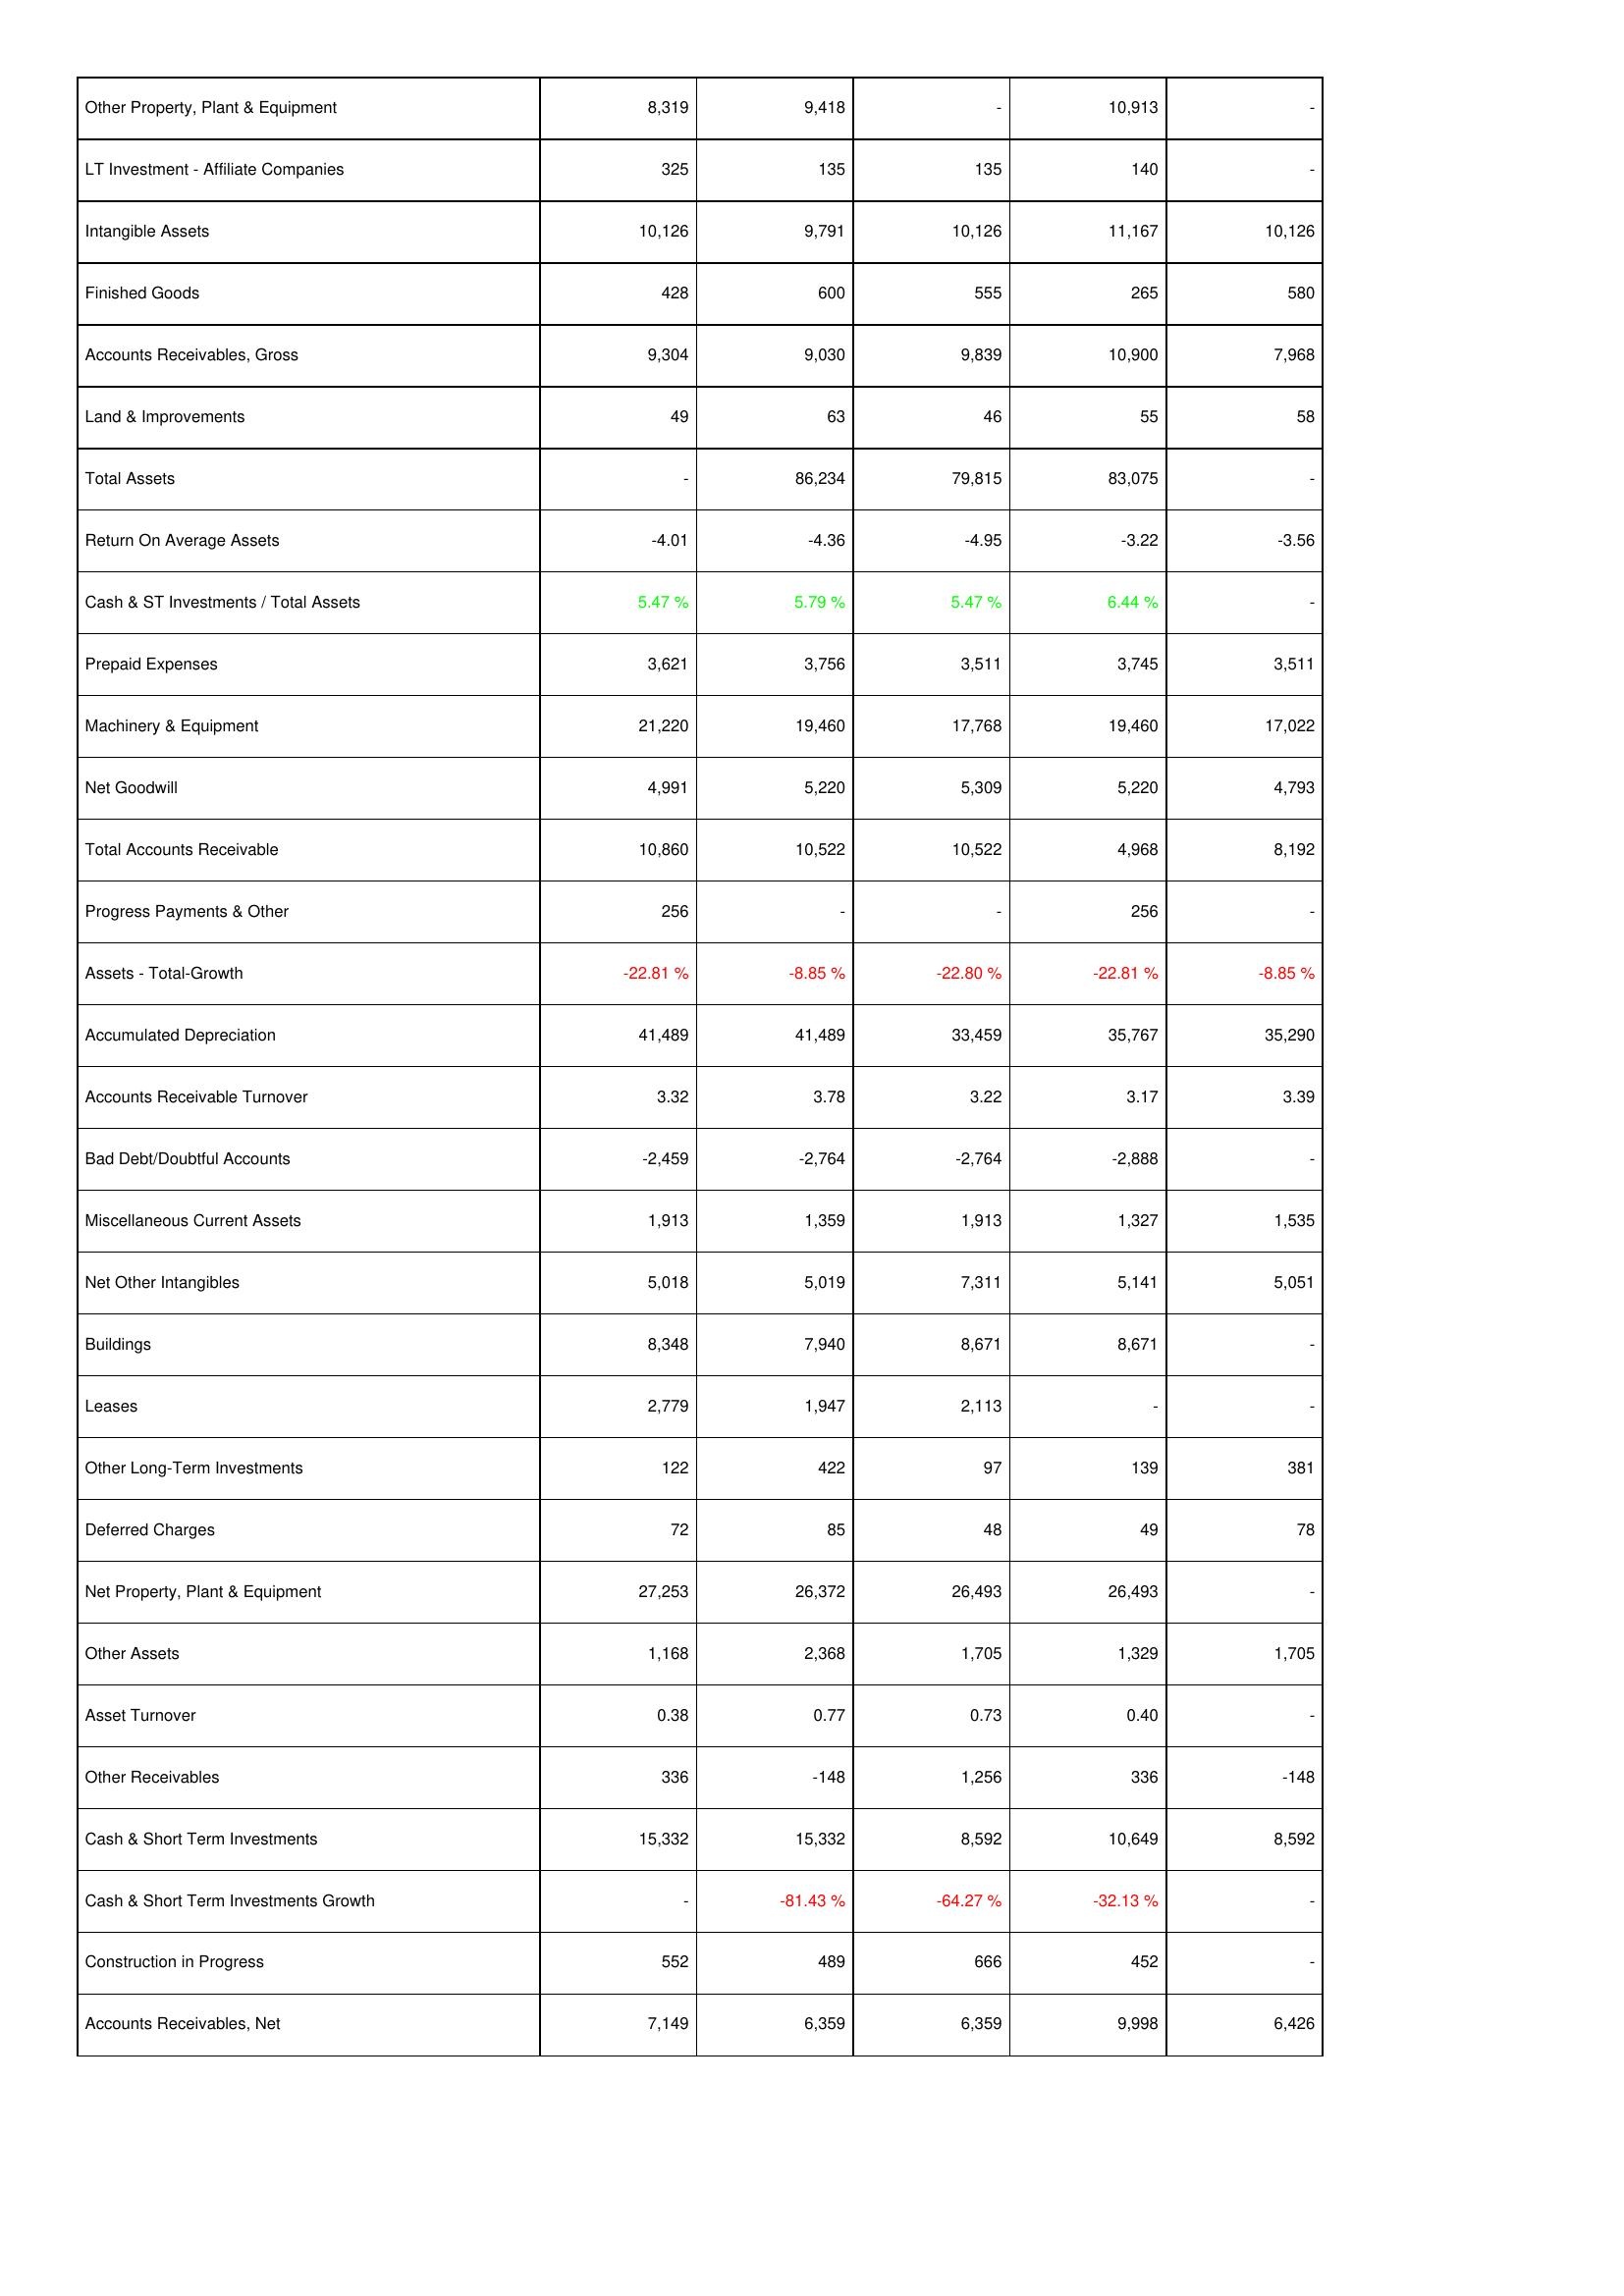
2014: Assets: Other Property, Plant & Equipment: 8,319
LT Investment - Affiliate Companies: 325
Intangible Assets: 10,126
Finished Goods: 428
Accounts Receivables, Gross: 9,304
Land & Improvements: 49
Total Assets: -
Return On Average Assets: -4.01
Cash & ST Investments / Total Assets: 5.47 %
Prepaid Expenses: 3,621
Machinery & Equipment: 21,220
Net Goodwill: 4,991
Total Accounts Receivable: 10,860
Progress Payments & Other: 256
Assets - Total-Growth: -22.81 %
Accumulated Depreciation: 41,489
Accounts Receivable Turnover: 3.32
Bad Debt/Doubtful Accounts: -2,459
Miscellaneous Current Assets: 1,913
Net Other Intangibles: 5,018
Buildings: 8,348
Leases: 2,779
Other Long-Term Investments: 122
Deferred Charges: 72
Net Property, Plant & Equipment: 27,253
Other Assets: 1,168
Asset Turnover: 0.38
Other Receivables: 336
Cash & Short Term Investments: 15,332
Cash & Short Term Investments Growth: -
Construction in Progress: 552
Accounts Receivables, Net: 7,149
2015: Assets: Other Property, Plant & Equipment: 9,418
LT Investment - Affiliate Companies: 135
Intangible Assets: 9,791
Finished Goods: 600
Accounts Receivables, Gross: 9,030
Land & Improvements: 63
Total Assets: 86,234
Return On Average Assets: -4.36
Cash & ST Investments / Total Assets: 5.79 %
Prepaid Expenses: 3,756
Machinery & Equipment: 19,460
Net Goodwill: 5,220
Total Accounts Receivable: 10,522
Progress Payments & Other: -
Assets - Total-Growth: -8.85 %
Accumulated Depreciation: 41,489
Accounts Receivable Turnover: 3.78
Bad Debt/Doubtful Accounts: -2,764
Miscellaneous Current Assets: 1,359
Net Other Intangibles: 5,019
Buildings: 7,940
Leases: 1,947
Other Long-Term Investments: 422
Deferred Charges: 85
Net Property, Plant & Equipment: 26,372
Other Assets: 2,368
Asset Turnover: 0.77
Other Receivables: -148
Cash & Short Term Investments: 15,332
Cash & Short Term Investments Growth: -81.43 %
Construction in Progress: 489
Accounts Receivables, Net: 6,359
2016: Assets: Other Property, Plant & Equipment: -
LT Investment - Affiliate Companies: 135
Intangible Assets: 10,126
Finished Goods: 555
Accounts Receivables, Gross: 9,839
Land & Improvements: 46
Total Assets: 79,815
Return On Average Assets: -4.95
Cash & ST Investments / Total Assets: 5.47 %
Prepaid Expenses: 3,511
Machinery & Equipment: 17,768
Net Goodwill: 5,309
Total Accounts Receivable: 10,522
Progress Payments & Other: -
Assets - Total-Growth: -22.80 %
Accumulated Depreciation: 33,459
Accounts Receivable Turnover: 3.22
Bad Debt/Doubtful Accounts: -2,764
Miscellaneous Current Assets: 1,913
Net Other Intangibles: 7,311
Buildings: 8,671
Leases: 2,113
Other Long-Term Investments: 97
Deferred Charges: 48
Net Property, Plant & Equipment: 26,493
Other Assets: 1,705
Asset Turnover: 0.73
Other Receivables: 1,256
Cash & Short Term Investments: 8,592
Cash & Short Term Investments Growth: -64.27 %
Construction in Progress: 666
Accounts Receivables, Net: 6,359
2017: Assets: Other Property, Plant & Equipment: 10,913
LT Investment - Affiliate Companies: 140
Intangible Assets: 11,167
Finished Goods: 265
Accounts Receivables, Gross: 10,900
Land & Improvements: 55
Total Assets: 83,075
Return On Average Assets: -3.22
Cash & ST Investments / Total Assets: 6.44 %
Prepaid Expenses: 3,745
Machinery & Equipment: 19,460
Net Goodwill: 5,220
Total Accounts Receivable: 4,968
Progress Payments & Other: 256
Assets - Total-Growth: -22.81 %
Accumulated Depreciation: 35,767
Accounts Receivable Turnover: 3.17
Bad Debt/Doubtful Accounts: -2,888
Miscellaneous Current Assets: 1,327
Net Other Intangibles: 5,141
Buildings: 8,671
Leases: -
Other Long-Term Investments: 139
Deferred Charges: 49
Net Property, Plant & Equipment: 26,493
Other Assets: 1,329
Asset Turnover: 0.40
Other Receivables: 336
Cash & Short Term Investments: 10,649
Cash & Short Term Investments Growth: -32.13 %
Construction in Progress: 452
Accounts Receivables, Net: 9,998
2018: Assets: Other Property, Plant & Equipment: -
LT Investment - Affiliate Companies: -
Intangible Assets: 10,126
Finished Goods: 580
Accounts Receivables, Gross: 7,968
Land & Improvements: 58
Total Assets: -
Return On Average Assets: -3.56
Cash & ST Investments / Total Assets: -
Prepaid Expenses: 3,511
Machinery & Equipment: 17,022
Net Goodwill: 4,793
Total Accounts Receivable: 8,192
Progress Payments & Other: -
Assets - Total-Growth: -8.85 %
Accumulated Depreciation: 35,290
Accounts Receivable Turnover: 3.39
Bad Debt/Doubtful Accounts: -
Miscellaneous Current Assets: 1,535
Net Other Intangibles: 5,051
Buildings: -
Leases: -
Other Long-Term Investments: 381
Deferred Charges: 78
Net Property, Plant & Equipment: -
Other Assets: 1,705
Asset Turnover: -
Other Receivables: -148
Cash & Short Term Investments: 8,592
Cash & Short Term Investments Growth: -
Construction in Progress: -
Accounts Receivables, Net: 6,426